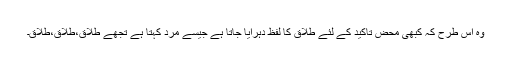
وہ اس طرح کہ کبھی محض تاکید کے لئے طلاق کا لفظ دہرایا جاتا ہے جیسے مرد کہتا ہے تجھے طلاق،طلاق،طلاق۔